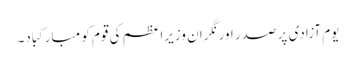
یوم آزادی پر صدر اور نگران وزیراعظم کی قوم کو مبارکباد۔